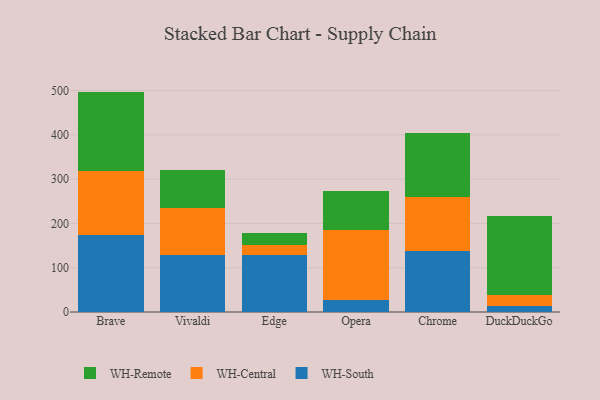
{"axis": {"x": "Browser", "y": "Operating Costs (USD K)"}, "legend": ["WH-Central", "WH-Remote", "WH-South"], "data": [{"x": "Brave", "y": 174.2, "type": "WH-South"}, {"x": "Brave", "y": 143.8, "type": "WH-Central"}, {"x": "Brave", "y": 179.7, "type": "WH-Remote"}, {"x": "Vivaldi", "y": 128.4, "type": "WH-South"}, {"x": "Vivaldi", "y": 106.6, "type": "WH-Central"}, {"x": "Vivaldi", "y": 86.5, "type": "WH-Remote"}, {"x": "Edge", "y": 129.0, "type": "WH-South"}, {"x": "Edge", "y": 22.4, "type": "WH-Central"}, {"x": "Edge", "y": 27.6, "type": "WH-Remote"}, {"x": "Opera", "y": 27.6, "type": "WH-South"}, {"x": "Opera", "y": 158.7, "type": "WH-Central"}, {"x": "Opera", "y": 86.8, "type": "WH-Remote"}, {"x": "Chrome", "y": 136.9, "type": "WH-South"}, {"x": "Chrome", "y": 122.7, "type": "WH-Central"}, {"x": "Chrome", "y": 144.5, "type": "WH-Remote"}, {"x": "DuckDuckGo", "y": 14.3, "type": "WH-South"}, {"x": "DuckDuckGo", "y": 24.7, "type": "WH-Central"}, {"x": "DuckDuckGo", "y": 177.6, "type": "WH-Remote"}]}